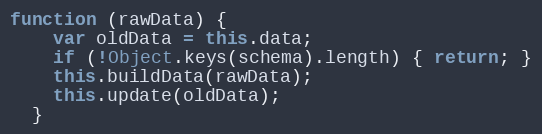
Language: JavaScript
function (rawData) {
    var oldData = this.data;
    if (!Object.keys(schema).length) { return; }
    this.buildData(rawData);
    this.update(oldData);
  }